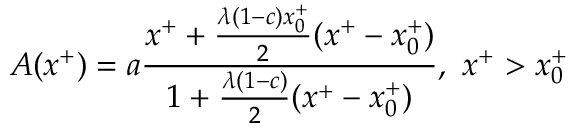
A ( x ^ { + } ) = a { \frac { x ^ { + } + { \frac { \lambda ( 1 - c ) x _ { 0 } ^ { + } } { 2 } } ( x ^ { + } - x _ { 0 } ^ { + } ) } { 1 + { \frac { \lambda ( 1 - c ) } { 2 } } ( x ^ { + } - x _ { 0 } ^ { + } ) } } , \ x ^ { + } > x _ { 0 } ^ { + }